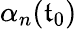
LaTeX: \alpha_{n}(\mathfrak{t}_{0})